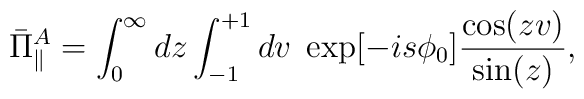
\bar{\Pi}_{\parallel}^A= \int _0 ^\infty dz \int _{-1}^{+1} dv \;\exp [ {-is \phi_0}]\frac{\cos(zv)}{\sin(z)},